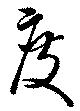
度